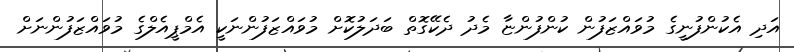
އަދި އެކުންފުނީގެ މުވައްޒަފުން ކުންފުންޏާ މެދު ދެކޭގޮތް ބަދަލުކޮށް މުވައްޒަފުންނަކީ އެމްޕީއެލްގެ މުވައްޒަފުންނަށް